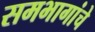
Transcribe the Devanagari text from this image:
समभागांचे